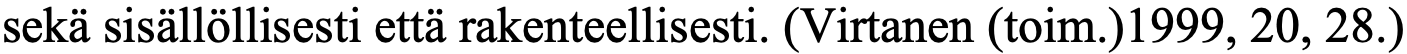
sekä sisällöllisesti että rakenteellisesti. (Virtanen (toim.)1999, 20, 28.)